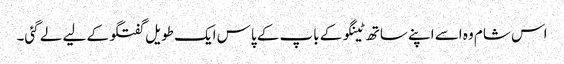
اس شام وہ اسے اپنے ساتھ ٹینگو کے باپ کے پاس ایک طویل گفتگو کے لیے لے گئی۔